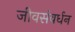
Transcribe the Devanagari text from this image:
जीवसंवर्धन